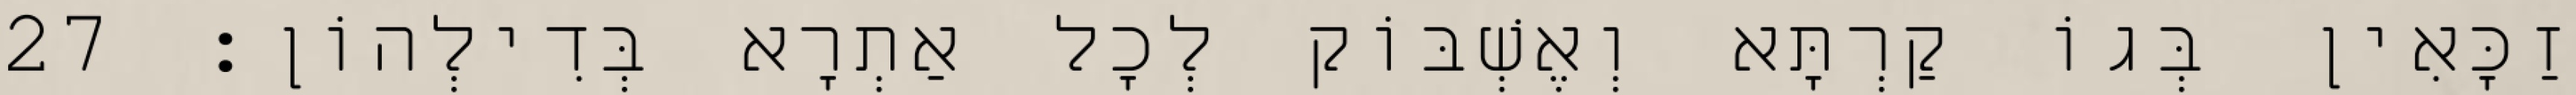
זַכָּאִין בְּגוֹ קַרְתָּא וְאֶשְׁבּוֹק לְכָל אַתְרָא בְּדִילְהוֹן׃ 27